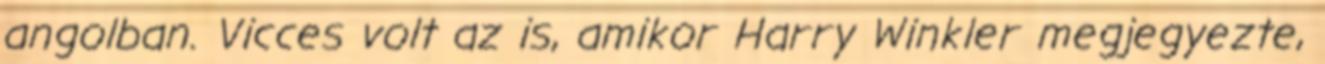
angolban. Vicces volt az is, amikor Harry Winkler megjegyezte,